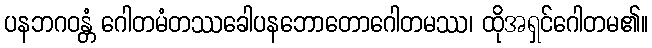
ပနဘဂဝန္တံ ဂေါတမံတဿခေါပနဘောတောဂေါတမဿ၊ ထိုအရှင်ဂေါတမ၏။